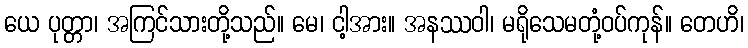
ယေ ပုတ္တာ၊ အကြင်သားတို့သည်။ မေ၊ ငါ့အား။ အနဿဝါ၊ မရိုသေမတုံ့ဝပ်ကုန်။ တေဟိ၊